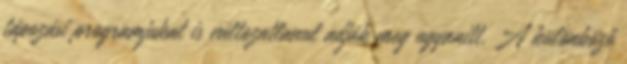
tápozási programjukat is változatlanul adják meg ugyanitt. A különböző